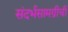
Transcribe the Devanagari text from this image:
संदर्भसामग्रीची